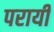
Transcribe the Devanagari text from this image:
परायी